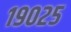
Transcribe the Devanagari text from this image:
१९०२५